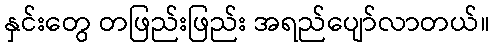
နှင်းတွေ တဖြည်းဖြည်း အရည်ပျော်လာတယ်။